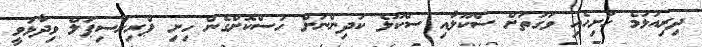
ދިރިއުޅުމެ ހުށިހެއި ވަގުތަށް ސްކޫލާއި ސްކޫލެ ކުދިންނަށް ހުސްކޮށްގެން ހިށި ޕްރިންސިޕަލް ވިދާޅަވީ